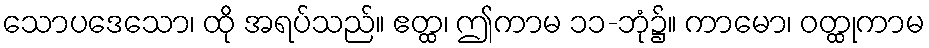
သောပဒေသော၊ ထို အရပ်သည်။ ဧတ္ထ၊ ဤကာမ ၁၁-ဘုံ၌။ ကာမော၊ ဝတ္ထုကာမ